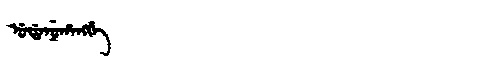
Manchu: ᡠᡩᠠᠨᡠᡥᠠᠩᡤᡝ
Romanization: UDANUHANGGE